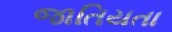
જાતિયતા